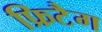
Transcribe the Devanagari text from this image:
फ्रिटैग